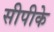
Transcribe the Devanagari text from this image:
सीपीके